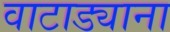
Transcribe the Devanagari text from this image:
वाटाड्याना